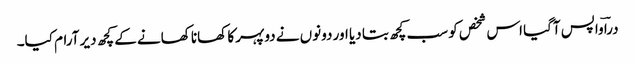
دراؔ واپس آگیا اس شخص کو سب کچھ بتا دیا اور دونوں نے دوپہر کا کھانا کھانے کے کچھ دیر آرام کیا۔